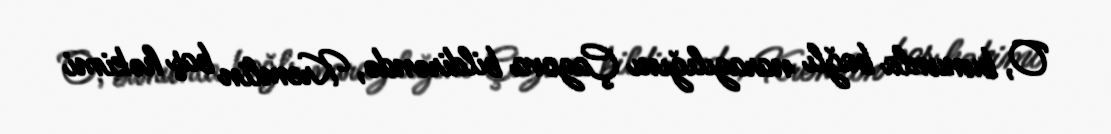
O, bununla bağlı narazılığını Çazova bildirəndə, Kremlin baş həkimi